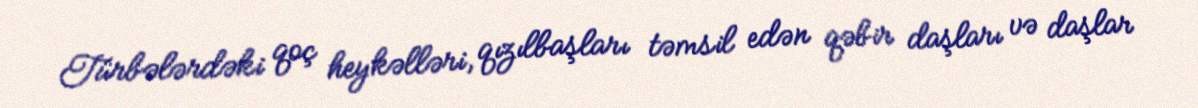
Türbələrdəki qoç heykəlləri, qızılbaşları təmsil edən qəbir daşları və daşlar